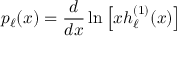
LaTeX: p _ { \ell } ( x ) = \frac { d } { d x } \ln \left[ x h _ { \ell } ^ { ( 1 ) } ( x ) \right]